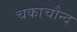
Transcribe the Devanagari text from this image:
चकाचौन्द